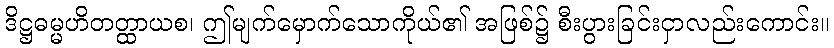
ဒိဋ္ဌဓမ္မဟိတတ္ထာယစ၊ ဤမျက်မှောက်သောကိုယ်၏ အဖြစ်၌ စီးပွားခြင်းငှာလည်းကောင်း။